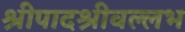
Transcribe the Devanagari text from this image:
श्रीपादश्रीवल्लभ